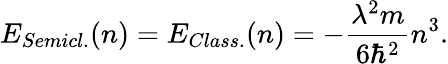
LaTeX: E_{Semicl.}(n)=E_{Class.}(n)=-{\frac{\lambda^{2}m}{6\hbar^{2}}}n^{3}.